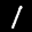
Label: 1